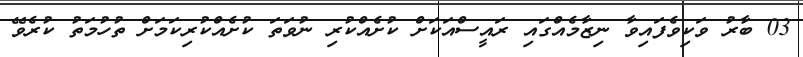
03 ބާރު ވަކިވެފައިވާ ނިޒާމެއްގައި ރައީސްއަކަށް ކުށެއްކުރި ނުވަތަ ކުށެއްކުރިކަމަށް ތުހުމަތު ކުރެވޭ